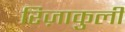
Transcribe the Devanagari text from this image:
रिज़ाकुली